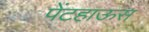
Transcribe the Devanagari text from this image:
पेंटहाऊस